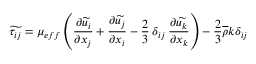
\widetilde { \tau _ { i j } } = \mu _ { e f f } \left( \frac { \partial \widetilde { u _ { i } } } { \partial x _ { j } } + \frac { \partial \widetilde { u _ { j } } } { \partial x _ { i } } - \frac { 2 } { 3 } \: \delta _ { i j } \: \frac { \partial \widetilde { u _ { k } } } { \partial x _ { k } } \right) - \frac { 2 } { 3 } \overline { { \rho } } k \delta _ { i j }